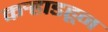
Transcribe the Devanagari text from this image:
कर्‍हाडहून